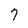
Character: 7